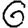
Digit: 6